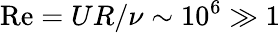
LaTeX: \mathrm{Re}=UR/\nu\sim 10^{6}\gg 1